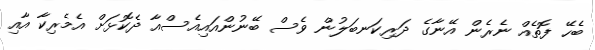
ބެހޭ ފޮތެއް ނެރެން އޭނާގެ ދަރިކަނބަލުން ވެސް ބޭނުންއައިއެސްއާ ދެކޮޅަށް އެމެރިކާ އާއި